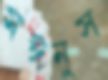
মঈনুস